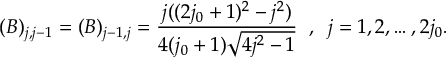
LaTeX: ( B ) _ { j , j - 1 } = ( B ) _ { j - 1 , j } = \frac { j ( ( 2 j _ { 0 } + 1 ) ^ { 2 } - j ^ { 2 } ) } { 4 ( j _ { 0 } + 1 ) \sqrt { 4 j ^ { 2 } - 1 } } \; \; , \; \; j = 1 , 2 , \ldots , 2 j _ { 0 } .